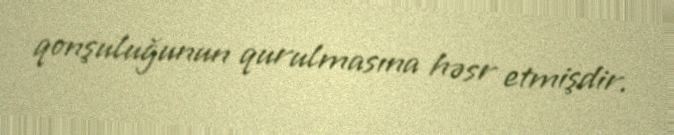
qonşuluğunun qurulmasına həsr etmişdir.